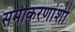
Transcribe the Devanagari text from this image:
समीकरणांशी